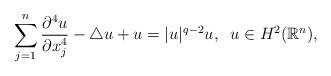
LaTeX: \begin{align*}\sum_{j=1}^n\frac{\partial^4 u}{\partial x_j^4} -\triangle u+u=|u|^{q-2}u, \;\;u\in H^2(\mathbb{R}^{n}),\end{align*}